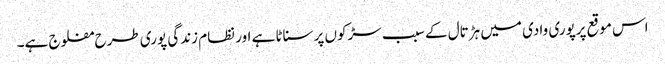
اس موقع پرپوری وادی میں ہڑتال کے سبب سڑکوں پر سناٹا ہے اور نظام زندگی پوری طرح مفلوج ہے۔